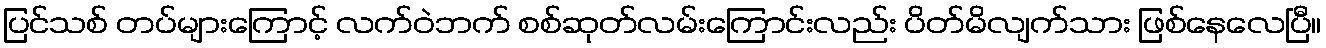
ပြင်သစ် တပ်များကြောင့် လက်ဝဲဘက် စစ်ဆုတ်လမ်းကြောင်းလည်း ပိတ်မိလျက်သား ဖြစ်နေလေပြီ။